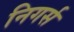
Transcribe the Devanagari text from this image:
निगर्स